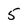
Character: 5